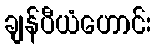
ချန်ပီယံဟောင်း